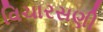
વિચારસણી